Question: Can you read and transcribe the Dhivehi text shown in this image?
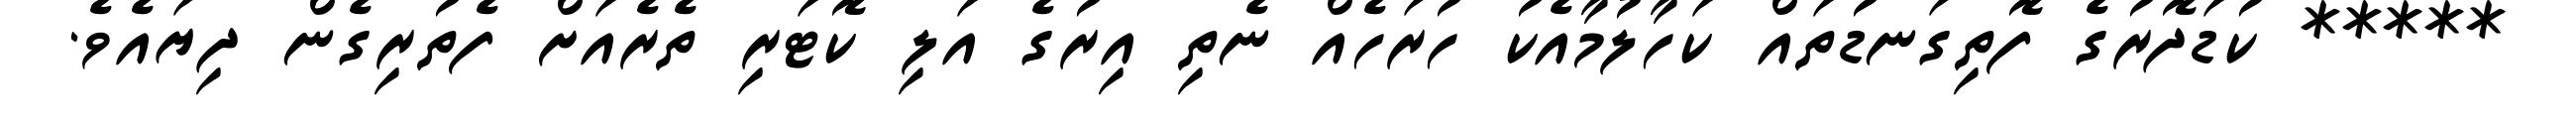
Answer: ***** ކުޑަދޮރުގެ ފޮތިގަނޑުތައް ކަހާލުމާއެކު ހުރަހެއް ނެތި އިރުގެ އަލި ކޮޓަރި ތެރެއަށް ފެތުރިގެން ދިޔައެވެ.